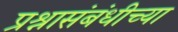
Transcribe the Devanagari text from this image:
प्रश्नासंबंधीच्या